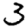
Digit: 3